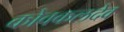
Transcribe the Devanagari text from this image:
कोवकलदेव